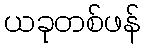
ယခုတစ်ဖန်